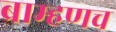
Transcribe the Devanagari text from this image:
ब्राम्हणच